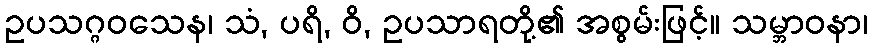
ဥပသဂ္ဂဝသေန၊ သံ, ပရိ, ဝိ, ဥပသာရတို့၏ အစွမ်းဖြင့်။ သမ္ဘာဝနာ၊